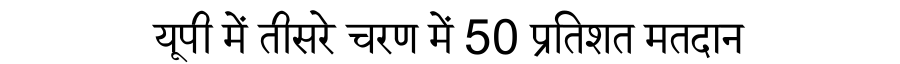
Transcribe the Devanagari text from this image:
यूपी में तीसरे चरण में 50 प्रतिशत मतदान